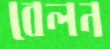
বেলন